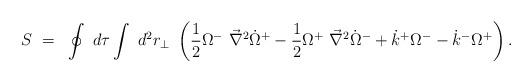
LaTeX: \begin{align*}S~=~\oint~d\tau \int~d^2r_{\perp}~ \left( {1 \over 2}{\Omega}^{-}~{\vec \nabla}^2 {\dot {\Omega}}^{+} - {1 \over2}{\Omega}^{+}~{\vec \nabla}^2{\dot {\Omega}}^{-} + {\dot k}^{+}{\Omega}^{-} - {\dot k}^{-} {\Omega}^{+} \right) .\end{align*}